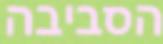
הסביבה